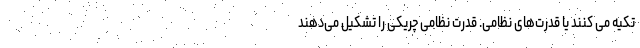
تکیه می کنند یا قدرت‌های نظامی. قدرت نظامی چریکی را تشکیل می‌دهند